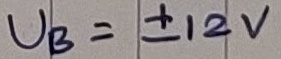
Text: UB=+12V